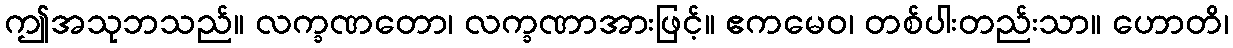
ဤအသုဘသည်။ လက္ခဏတော၊ လက္ခဏာအားဖြင့်။ ဧကမေဝ၊ တစ်ပါးတည်းသာ။ ဟောတိ၊